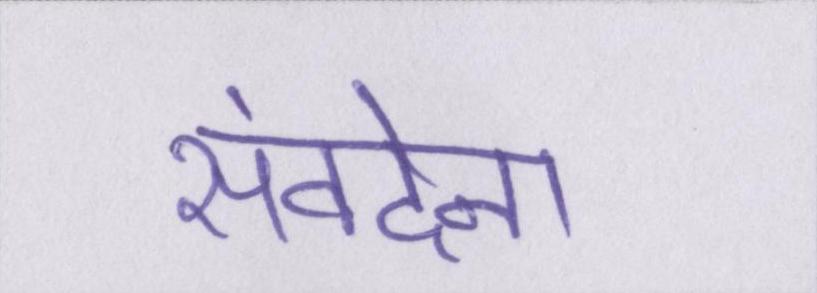
संवदेना